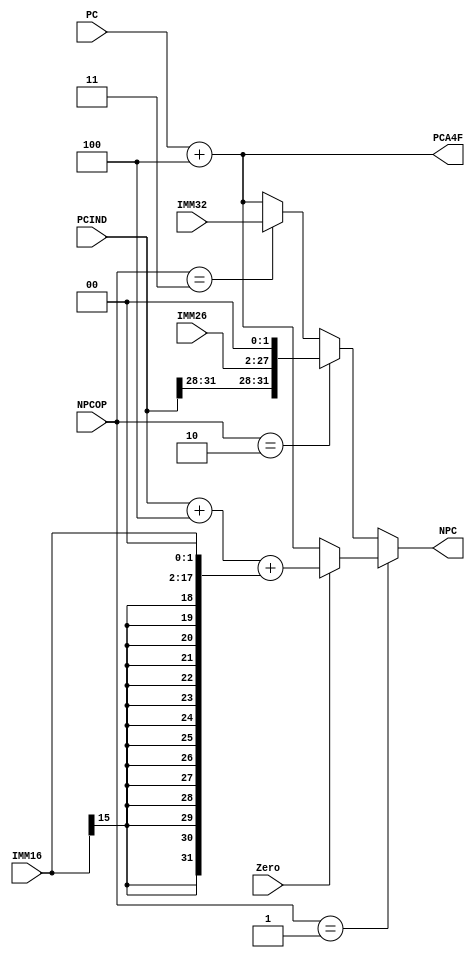
`timescale 1ns / 1ps

`define PCADD4 0
`define B 1 //tyoe of Beq
`define JAL 2 //Type of Jal
`define JR 3 //Type of JR


module NPC(
    input [31:0] PC,
    input [31:0] PCIND,
    input [25:0] IMM26,//D
    input [15:0] IMM16,//D
    input [31:0] IMM32,//D
    input [2:0] NPCOP,//D
    input Zero,
    output reg [31:0] NPC,
    output [31:0] PCA4F
    );

    wire[31:0] IMM16_TO_IMM32 = {{16{IMM16[15]}},IMM16[15:0]};
    
    wire [31:0] IMM26_TO_IMM32 = {PCIND[31:28],IMM26[25:0],{2{1'b0}}};
    //pc+4
    assign PCA4F = PC + 4;

    //npc
    always @(*) begin
        if (NPCOP==`B) begin
            NPC = Zero?(PCIND+4+(IMM16_TO_IMM32<<2)):(PC+4);
        end
        else if (NPCOP==`JAL) begin
            NPC = IMM26_TO_IMM32;
        end
        else if (NPCOP==`JR) begin
            NPC = IMM32;
        end
        else
            NPC = PC+4;
    end
endmodule